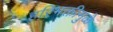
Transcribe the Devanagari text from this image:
हरिभक्तीमुळे